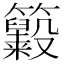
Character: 𥸃